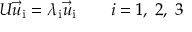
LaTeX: U \vec { u } _ { \mathrm { i } } = \lambda _ { \mathrm { i } } \vec { u } _ { \mathrm { i } } \qquad i = 1 , \; 2 , \; 3